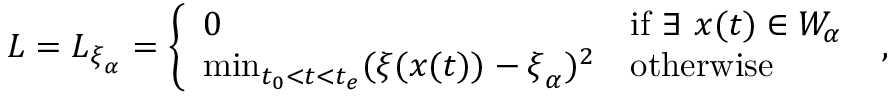
L = L _ { \ensuremath { \boldsymbol { \xi } } _ { \alpha } } = \left\{ \begin{array} { l l } { 0 } & { \mathrm { i f } \ \exists \ \ensuremath { \boldsymbol { { x } } } ( t ) \in W _ { \alpha } } \\ { \operatorname* { m i n } _ { t _ { 0 } < t < t _ { e } } ( \ensuremath { \boldsymbol { \xi } } ( \ensuremath { \boldsymbol { { x } } } ( t ) ) - \ensuremath { \boldsymbol { \xi } } _ { \alpha } ) ^ { 2 } } & { \mathrm { o t h e r w i s e } } \end{array} \right. \ ,